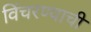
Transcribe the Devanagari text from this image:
विंचरण्याची